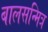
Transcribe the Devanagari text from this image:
बालसन्मित्र